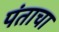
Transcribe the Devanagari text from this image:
पंताचा